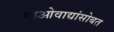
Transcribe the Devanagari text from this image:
माओवाद्यांसोबत